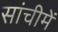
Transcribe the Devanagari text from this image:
सांचीमें